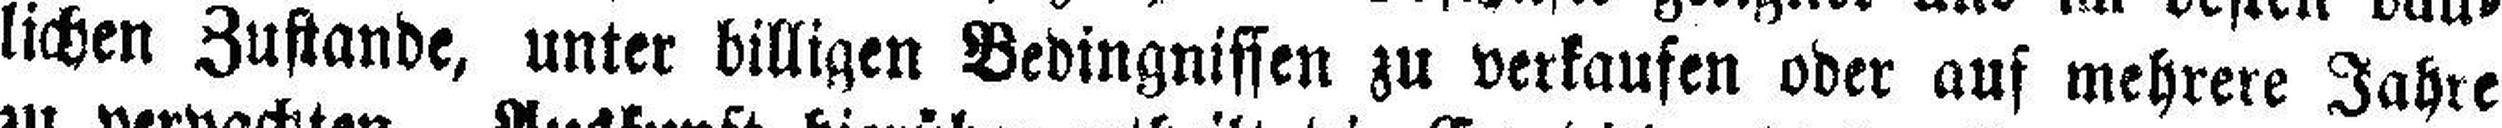
lichen Zustande, unter billigen Bedingnissen zu verkaufen oder auf mehrere Jahre